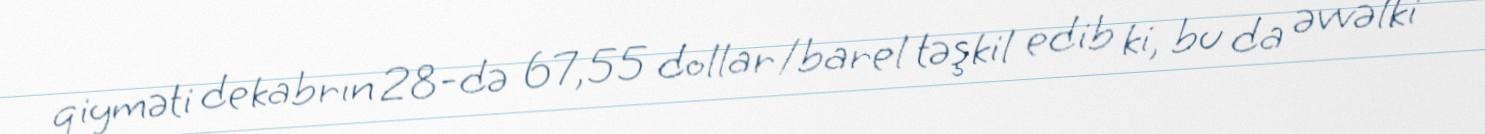
qiyməti dekabrın 28-də 67,55 dollar/barel təşkil edib ki, bu da əvvəlki